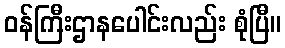
ဝန်ကြီးဌာနပေါင်းလည်း စုံပြီ။